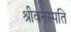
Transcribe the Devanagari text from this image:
श्रीवनस्पति